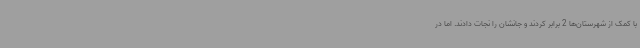
با کمک از شهرستان‌ها 2 برابر کردند و جانشان را نجات دادند. اما در